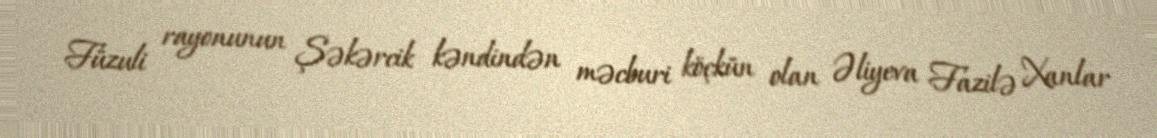
Füzuli rayonunun Şəkərcik kəndindən məcburi köçkün olan Əliyeva Fazilə Xanlar